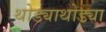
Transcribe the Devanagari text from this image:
थोड्याथोड्या